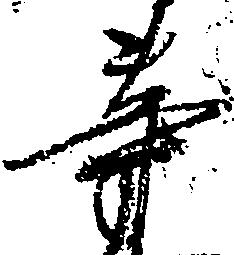
等